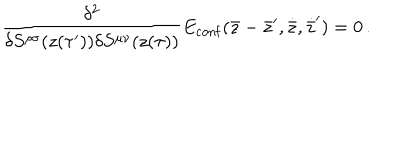
LaTeX: { \frac { \delta ^ { 2 } } { \delta S ^ { \rho \sigma } ( z ( \tau ^ { \prime } ) ) \delta S ^ { \mu \nu } ( z ( \tau ) ) } } E _ { \mathrm { c o n f } } ( \bar { z } - \bar { z } ^ { \prime } , \dot { \bar { z } } , \dot { \bar { z } } ^ { \prime } ) = 0 \, .